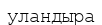
уландыра